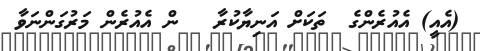
(އެއީ) އެއުރެންގެ  ތަކަށް އަނިޔާކުރާ   ން އެއުރެން މަރުގަންނަވާ